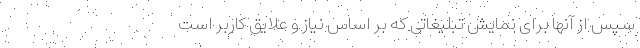
سپس از آنها برای نمایش تبلیغاتی که بر اساس نیاز و علایق کاربر است